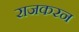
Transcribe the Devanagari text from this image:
राजकरन